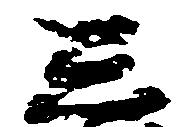
し